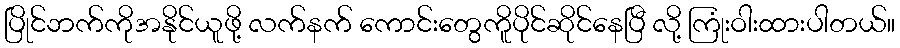
ပြိုင်ဘက်ကိုအနိုင်ယူဖို့ လက်နက် ကောင်းတွေကိူပိုင်ဆိုင်နေပြီ လို့ ကြုံးဝါးထားပါတယ်။